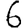
Digit: 6